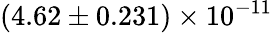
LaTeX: (4.62\pm 0.231)\times 10^{-11}